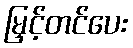
မြှင့်တင်ပေး